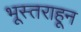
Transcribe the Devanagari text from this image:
भूस्तराहून